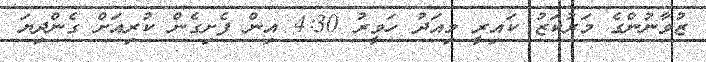
ޒުވާނުންގެ މަރުކަޒު ކައިރީ މިއަދު ހަވީރު 4:30 އިން ފެށިގެން ކުރިއަށް ގެންދިޔަ